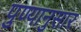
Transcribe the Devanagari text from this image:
पुण्यानुसार